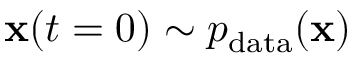
\mathbf { x } ( t = 0 ) \sim p _ { \mathrm { d a t a } } ( \mathbf { x } )